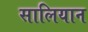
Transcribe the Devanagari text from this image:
सालियान